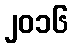
၂၀၁၆